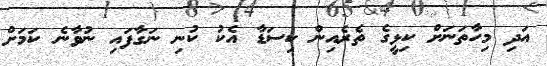
އަދި މިހާތަނަށް ކިޅީގެ ތެރެއިން ކިސަޑާ އެކު ކުނި ނަގާފައި ނުވާނެ ކަމަށް